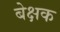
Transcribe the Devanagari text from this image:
बेक्षक